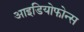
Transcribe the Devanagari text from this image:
आइडियोफोन्स